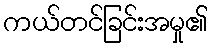
ကယ်တင်ခြင်းအမှု၏